Insane asylums in Bengal annual reports 1867-1875 - 1867-1875
Year: 1867
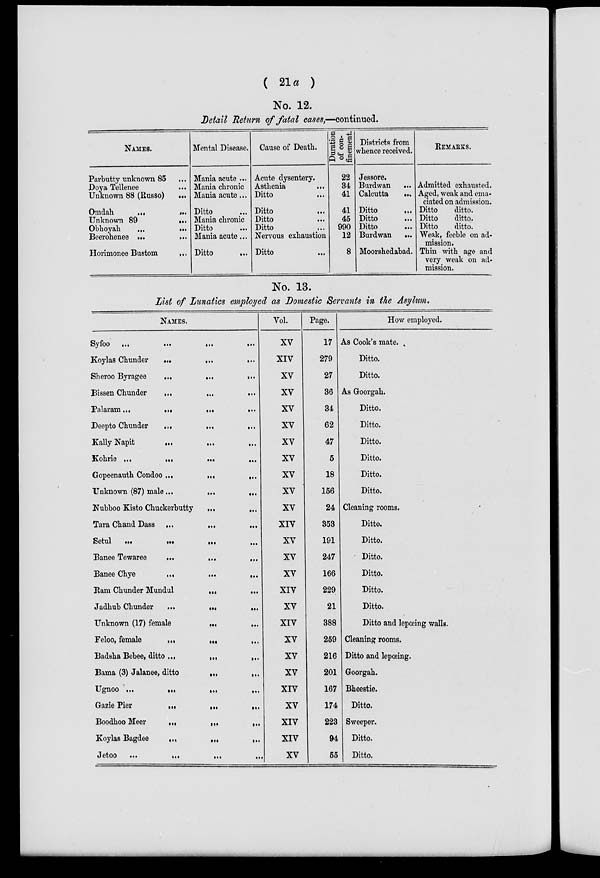
( 21a )
No. 12.
Detail Return of fatal cases,—continued.
NAMES.
Parbutty unknown 85 ...
Doya Tellenee ...
Unknown 88 (Russo)
...
Omdah
...
...
Unknown 89
...
Obhoyah
...
...
Beerohenee ... ...
Horimonee Bustom
...
Mental Disease.
Mania acute ...
Mania chronic
Mania acute ...
Ditto ...
Mania chronic
Ditto ...
Mania acute ...
Ditto
...
Cause of Death.
Acute dysentery.
Asthenia
...
Ditto
...
Ditto
...
Ditto ...
Ditto ...
Nervous exhaustion
Ditto ...
Duration
of con-
finement.
22
34
41
41
45
990
12
8
Districts from
whence received.
Jessore.
Burdwan
...
Calcutta
...
Ditto
...
Ditto ...
Ditto ...
Burdwan
...
Moorshedabad.
REMARKS.
Admitted exhausted.
Aged, weak and ema-
ciated on admission.
Ditto
ditto.
Ditto
ditto.
Ditto
ditto.
Weak, feeble on ad-
mission.
Thin with age and
very weak on ad-
mission.
No. 13.
List of Lunatics employed as Domestic Servants in the Asylum.
NAMES.
Syfoo ...
...
...
...
Koylas Chunder
...
...
...
Sheroo Byragee
...
...
...
Bissen Chunder
...
...
...
Palaram ...
...
...
...
Deepto Chunder
...
...
...
Kally Napit
...
... ...
Kohrie ...
...
...
...
Gopeenauth Condoo ...
...
...
Unknown (87) male ...
...
...
Nubboo Kisto Chuckerbutty
...
...
Tara Chand Dass ...
... ...
Setul
...
...
...
...
Banee Tewaree
...
...
...
Banee Chye
...
...
...
Ram Chunder Mundul
...
...
Jadhub Chunder
...
...
...
Unknown (17) female
...
...
Feloo, female
...
...
...
Badsha Bebee, ditto ...
...
...
Bama (3) Jalanee, ditto
...
...
Ugnoo ...
...
...
...
Gazie Pier
...
...
...
Boodhoo Meer
...
... ...
Koylas Bagdee
...
...
...
Jetoo
...
...
...
...
Vol.
XV
XIV
XV
XV
XV
XV
XV
XV
XV
XV
XV
XIV
XV
XV
XV
XIV
XV
XIV
XV
XV
XV
XIV
XV
XIV
XIV
XV
Page.
17
279
27
36
34
62
47
5
18
156
24
353
191
247
166
229
21
388
259
216
201
167
174
223
94
55
How employed.
As Cook's mate.
Ditto.
Ditto.
As Goorgah.
Ditto.
Ditto.
Ditto.
Ditto.
Ditto.
Ditto.
Cleaning rooms.
Ditto.
Ditto.
Ditto.
Ditto.
Ditto.
Ditto.
Ditto and lepœing walls.
Cleaning rooms.
Ditto and lepœing.
Goorgah.
Bheestie.
Ditto.
Sweeper.
Ditto.
Ditto.